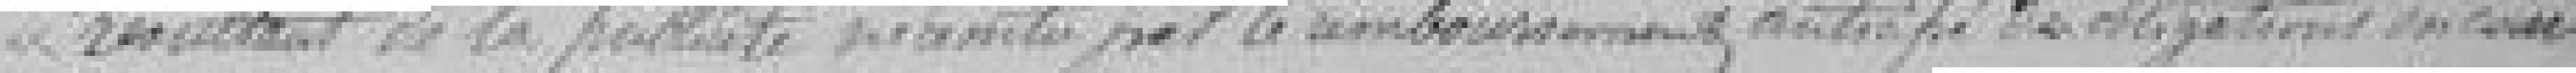
résultant de la        par le remboursement anticipé des obligations en cours.